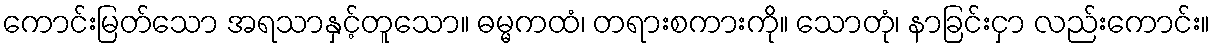
ကောင်းမြတ်သော အရသာနှင့်တူသော။ ဓမ္မကထံ၊ တရားစကားကို။ သောတုံ၊ နာခြင်းငှာ လည်းကောင်း။